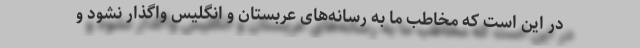
در این است که مخاطب ما به رسانه‌های عربستان و انگلیس واگذار نشود و